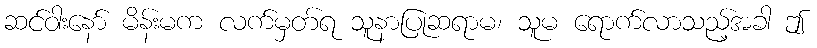
ဆင်ဝါးနော် မိန်းမက လက်မှတ်ရ သူနာပြုဆရာမ၊ သူမ ရောက်လာသည့်အခါ ဤ